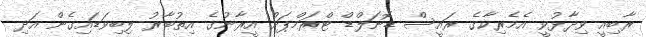
ރާބިއީ ވިދާޅުވީ އެމެރިކާގެ ރައީސް ޑޮނަލްޑް ޓްރަމްޕަށް އީރާނުގެ އިތުބާރު ލިބިވަޑައިގެން އަދި